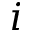
i